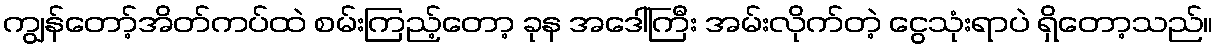
ကျွန်တော့်အိတ်ကပ်ထဲ စမ်းကြည့်တော့ ခုန အဒေါ်ကြီး အမ်းလိုက်တဲ့ ငွေသုံးရာပဲ ရှိတော့သည်။